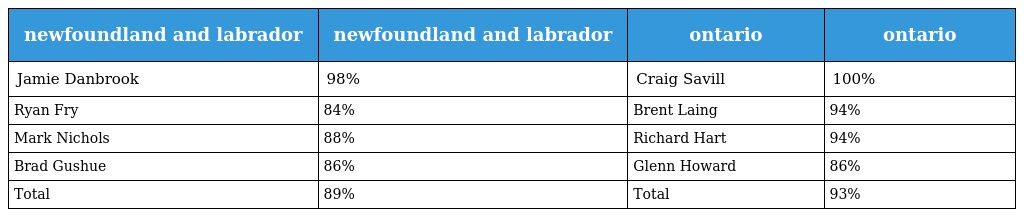
| newfoundland and labrador | newfoundland and labrador | ontario | ontario |
 | --- | --- | --- | --- |
 | Jamie Danbrook | 98% | Craig Savill | 100% |
 | Ryan Fry | 84% | Brent Laing | 94% |
 | Mark Nichols | 88% | Richard Hart | 94% |
 | Brad Gushue | 86% | Glenn Howard | 86% |
 | Total | 89% | Total | 93% |